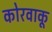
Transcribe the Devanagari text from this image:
कोरवाकू